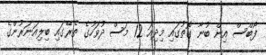
ފޯބްސް އިން ބުނާ ގޮތުގައި މިދިއަ 12 މަސް ދުވަހުގެ ތެރޭގައި ބިލިއަނަރުންގެ